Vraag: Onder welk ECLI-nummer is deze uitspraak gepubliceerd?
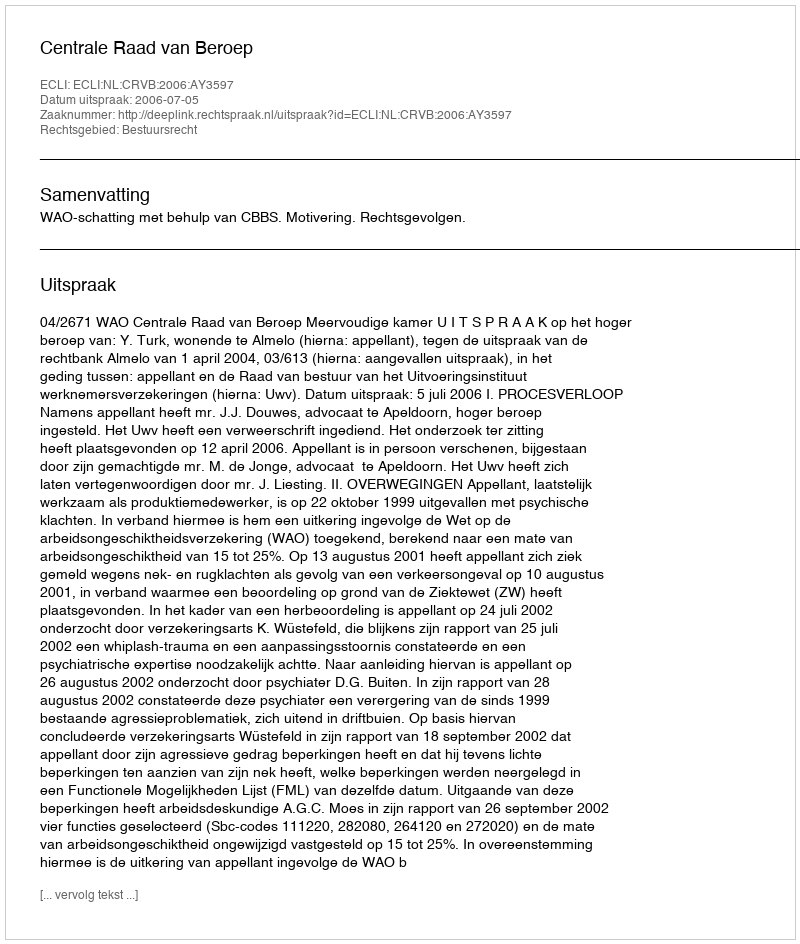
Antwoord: ECLI:NL:CRVB:2006:AY3597